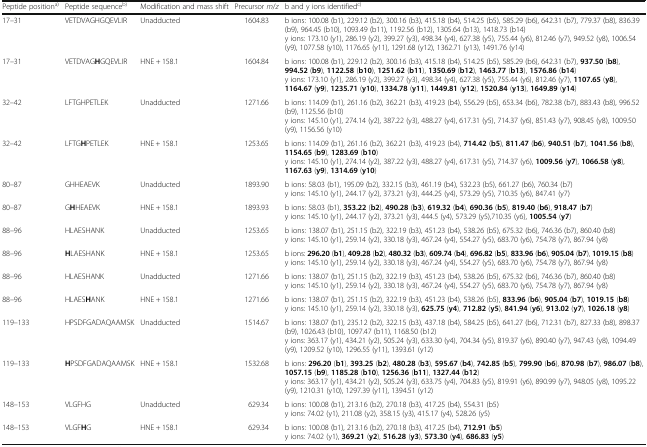
<table><thead><tr><td><b>Peptide position<sup>a)</sup></b></td><td><b>Peptide sequence<sup>b)</sup></b></td><td><b>Modification and mass shift</b></td><td><b>Precursor <i>m</i>/<i>z</i></b></td><td><b>b and y ions identified<sup>c)</sup></b></td></tr></thead><tbody><tr><td>17–31</td><td>VETDVAGHGQEVLIR</td><td>Unadducted</td><td>1604.83</td><td>b ions: 100.08 (b1), 229.12 (b2), 300.16 (b3), 415.18 (b4), 514.25 (b5), 585.29 (b6), 642.31 (b7), 779.37 (b8), 836.39 (b9), 964.45 (b10), 1093.49 (b11), 1192.56 (b12), 1305.64 (b13), 1418.73 (b14)y ions: 173.10 (y1), 286.19 (y2), 399.27 (y3), 498.34 (y4), 627.38 (y5), 755.44 (y6), 812.46 (y7), 949.52 (y8), 1006.54 (y9), 1077.58 (y10), 1176.65 (y11), 1291.68 (y12), 1362.71 (y13), 1491.76 (y14)</td></tr><tr><td>17–31</td><td>VETDVAG<b>H</b>GQEVLIR</td><td>HNE + 158.1</td><td>1604.84</td><td>b ions: 100.08 (b1), 229.12 (b2), 300.16 (b3), 415.18 (b4), 514.25 (b5), 585.29 (b6), 642.31 (b7), <b>937.50</b> (<b>b8</b>), <b>994.52</b> (<b>b9</b>), <b>1122.58</b> (<b>b10</b>), <b>1251.62</b> (<b>b11</b>), <b>1350.69</b> (<b>b12</b>), <b>1463.77</b> (<b>b13</b>), <b>1576.86</b> (<b>b14</b>)y ions: 173.10 (y1), 286.19 (y2), 399.27 (y3), 498.34 (y4), 627.38 (y5), 755.44 (y6), 812.46 (y7), <b>1107.65</b> (<b>y8</b>), <b>1164.67</b> (<b>y9</b>), <b>1235.71</b> (<b>y10</b>), <b>1334.78</b> (<b>y11</b>), <b>1449.81</b> (<b>y12</b>), <b>1520.84</b> (<b>y13</b>), <b>1649.89</b> (<b>y14</b>)</td></tr><tr><td>32–42</td><td>LFTGHPETLEK</td><td>Unadducted</td><td>1271.66</td><td>b ions: 114.09 (b1), 261.16 (b2), 362.21 (b3), 419.23 (b4), 556.29 (b5), 653.34 (b6), 782.38 (b7), 883.43 (b8), 996.52 (b9), 1125.56 (b10)y ions: 145.10 (y1), 274.14 (y2), 387.22 (y3), 488.27 (y4), 617.31 (y5), 714.37 (y6), 851.43 (y7), 908.45 (y8), 1009.50 (y9), 1156.56 (y10)</td></tr><tr><td>32–42</td><td>LFTG<b>H</b>PETLEK</td><td>HNE + 158.1</td><td>1253.65</td><td>b ions: 114.09 (b1), 261.16 (b2), 362.21 (b3), 419.23 (b4), <b>714.42</b> (<b>b5</b>), <b>811.47</b> (<b>b6</b>), <b>940.51</b> (<b>b7</b>), <b>1041.56</b> (<b>b8</b>), <b>1154.65</b> (<b>b9</b>), <b>1283.69</b> (<b>b10</b>)y ions: 145.10 (y1), 274.14 (y2), 387.22 (y3), 488.27 (y4), 617.31 (y5), 714.37 (y6), <b>1009.56</b> (<b>y7</b>), <b>1066.58</b> (<b>y8</b>), <b>1167.63</b> (<b>y9</b>), <b>1314.69</b> (<b>y10</b>)</td></tr><tr><td>80–87</td><td>GHHEAEVK</td><td>Unadducted</td><td>1893.90</td><td>b ions: 58.03 (b1), 195.09 (b2), 332.15 (b3), 461.19 (b4), 532.23 (b5), 661.27 (b6), 760.34 (b7)y ions: 145.10 (y1), 244.17 (y2), 373.21 (y3), 444.25 (y4), 573.29 (y5), 710.35 (y6), 847.41 (y7)</td></tr><tr><td>80–87</td><td>G<b>H</b>HEAEVK</td><td>HNE + 158.1</td><td>1893.93</td><td>b ions: 58.03 (b1), <b>353.22</b> (<b>b2</b>), <b>490.28</b> (<b>b3</b>), <b>619.32</b> (<b>b4</b>), <b>690.36</b> (<b>b5</b>), <b>819.40</b> (<b>b6</b>), <b>918.47</b> (<b>b7</b>)y ions: 145.10 (y1), 244.17 (y2), 373.21 (y3), 444.5 (y4), 573.29 (y5),710.35 (y6), <b>1005.54</b> (<b>y7</b>)</td></tr><tr><td>88–96</td><td>HLAESHANK</td><td>Unadducted</td><td>1253.65</td><td>b ions: 138.07 (b1), 251.15 (b2), 322.19 (b3), 451.23 (b4), 538.26 (b5), 675.32 (b6), 746.36 (b7), 860.40 (b8)y ions: 145.10 (y1), 259.14 (y2), 330.18 (y3), 467.24 (y4), 554.27 (y5), 683.70 (y6), 754.78 (y7), 867.94 (y8)</td></tr><tr><td>88–96</td><td><b>H</b>LAESHANK</td><td>HNE + 158.1</td><td>1253.65</td><td>b ions: <b>296.20</b> (<b>b1</b>), <b>409.28</b> (<b>b2</b>), <b>480.32</b> (<b>b3</b>), <b>609.74</b> (<b>b4</b>), <b>696.82</b> (<b>b5</b>), <b>833.96</b> (<b>b6</b>), <b>905.04</b> (<b>b7</b>), <b>1019.15</b> (<b>b8</b>)y ions: 145.10 (y1), 259.14 (y2), 330.18 (y3), 467.24 (y4), 554.27 (y5), 683.70 (y6), 754.78 (y7), 867.94 (y8)</td></tr><tr><td>88–96</td><td>HLAESHANK</td><td>Unadducted</td><td>1271.66</td><td>b ions: 138.07 (b1), 251.15 (b2), 322.19 (b3), 451.23 (b4), 538.26 (b5), 675.32 (b6), 746.36 (b7), 860.40 (b8)y ions: 145.10 (y1), 259.14 (y2), 330.18 (y3), 467.24 (y4), 554.27 (y5), 683.70 (y6), 754.78 (y7), 867.94 (y8)</td></tr><tr><td>88–96</td><td>HLAES<b>H</b>ANK</td><td>HNE + 158.1</td><td>1271.66</td><td>b ions: 138.07 (b1), 251.15 (b2), 322.19 (b3), 451.23 (b4), 538.26 (b5), <b>833.96</b> (<b>b6</b>), <b>905.04</b> (<b>b7</b>), <b>1019.15</b> (<b>b8</b>)y ions: 145.10 (y1), 259.14 (y2), 330.18 (y3), <b>625.75</b> (<b>y4</b>), <b>712.82</b> (<b>y5</b>), <b>841.94</b> (<b>y6</b>), <b>913.02</b> (<b>y7</b>), <b>1026.18</b> (<b>y8</b>)</td></tr><tr><td>119–133</td><td>HPSDFGADAQAAMSK</td><td>Unadducted</td><td>1514.67</td><td>b ions: 138.07 (b1), 235.12 (b2), 322.15 (b3), 437.18 (b4), 584.25 (b5), 641.27 (b6), 712.31 (b7), 827.33 (b8), 898.37 (b9), 1026.43 (b10), 1097.47 (b11), 1168.50 (b12)y ions: 363.17 (y1), 434.21 (y2), 505.24 (y3), 633.30 (y4), 704.34 (y5), 819.37 (y6), 890.40 (y7), 947.43 (y8), 1094.49 (y9), 1209.52 (y10), 1296.55 (y11), 1393.61 (y12)</td></tr><tr><td>119–133</td><td><b>H</b>PSDFGADAQAAMSK</td><td>HNE + 158.1</td><td>1532.68</td><td>b ions: <b>296.20</b> (<b>b1</b>), <b>393.25</b> (<b>b2</b>), <b>480.28</b> (<b>b3</b>), <b>595.67</b> (<b>b4</b>), <b>742.85</b> (<b>b5</b>), <b>799.90</b> (<b>b6</b>), <b>870.98</b> (<b>b7</b>), <b>986.07</b> (<b>b8</b>), <b>1057.15</b> (<b>b9</b>), <b>1185.28</b> (<b>b10</b>), <b>1256.36</b> (<b>b11</b>), <b>1327.44</b> (<b>b12</b>)y ions: 363.17 (y1), 434.21 (y2), 505.24 (y3), 633.75 (y4), 704.83 (y5), 819.91 (y6), 890.99 (y7), 948.05 (y8), 1095.22 (y9), 1210.31 (y10), 1297.39 (y11), 1394.51 (y12)</td></tr><tr><td>148–153</td><td>VLGFHG</td><td>Unadducted</td><td>629.34</td><td>b ions: 100.08 (b1), 213.16 (b2), 270.18 (b3), 417.25 (b4), 554.31 (b5)y ions: 74.02 (y1), 211.08 (y2), 358.15 (y3), 415.17 (y4), 528.26 (y5)</td></tr><tr><td>148–153</td><td>VLGF<b>H</b>G</td><td>HNE + 158.1</td><td>629.34</td><td>b ions: 100.08 (b1), 213.16 (b2), 270.18 (b3), 417.25 (b4), <b>712.91</b> (<b>b5</b>)y ions: 74.02 (y1), <b>369.21</b> (<b>y2</b>), <b>516.28</b> (<b>y3</b>), <b>573.30</b> (<b>y4</b>), <b>686.83</b> (<b>y5</b>)</td></tr></tbody></table>